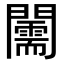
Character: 𨷘